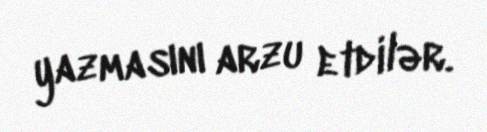
yazmasını arzu etdilər.